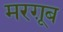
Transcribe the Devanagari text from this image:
मरग़ूब